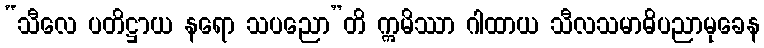
“သီလေ ပတိဋ္ဌာယ နရော သပညော”တိ ဣမိဿာ ဂါထာယ သီလသမာဓိပညာမုခေန